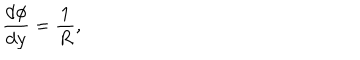
LaTeX: \frac { \mathrm { d } \phi } { \mathrm { d } y } = { \frac { 1 } { R } } ,